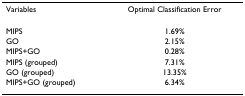
<table><thead><tr><td><b>Variables</b></td><td><b>Optimal Classification Error</b></td></tr></thead><tbody><tr><td>MIPS</td><td>1.69%</td></tr><tr><td>GO</td><td>2.15%</td></tr><tr><td>MIPS+GO</td><td>0.28%</td></tr><tr><td>MIPS (grouped)</td><td>7.31%</td></tr><tr><td>GO (grouped)</td><td>13.35%</td></tr><tr><td>MIPS+GO (grouped)</td><td>6.34%</td></tr></tbody></table>